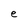
Character: e